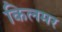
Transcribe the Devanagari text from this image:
किलमर